Indian journal of veterinary science and animal husbandry - Volume 4,
Year: 1934
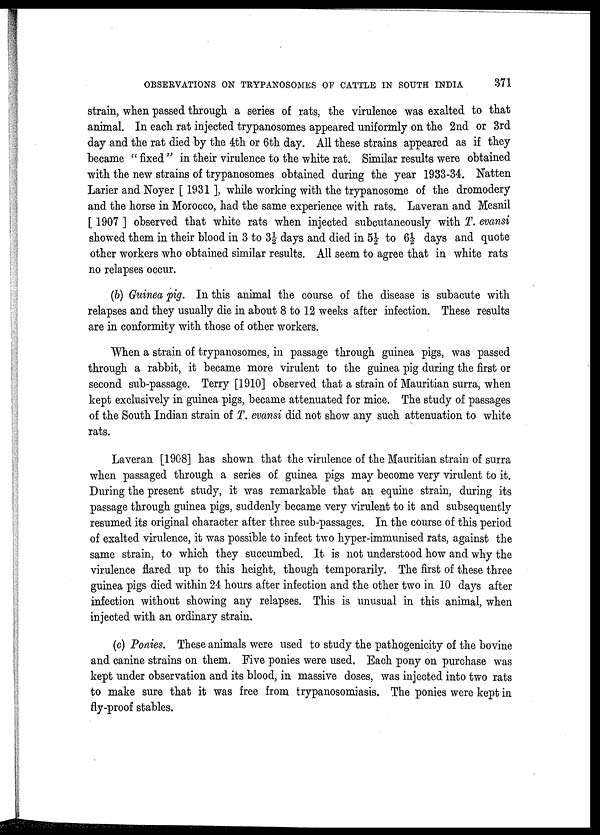
OBSERVATIONS ON TRYPANOSOMES OF CATTLE IN SOUTH INDIA
371
strain, when passed through a series of rats, the virulence was exalted to that
animal. In each rat injected trypanosomes appeared uniformly on the 2nd or 3rd
day and the rat died by the 4th or 6th day. All these strains appeared as if they
became " fixed " in their virulence to the white rat. Similar results were obtained
with the new strains of trypanosomes obtained during the year 1933-34. Natten
Larier and Noyer [ 1931 ], while working with the trypanosome of the dromodery
and the horse in Morocco, had the same experience with rats. Laveran and Mesnil
[ 1907 ] observed that white rats when injected subcutaneously with T. evansi
showed them in their blood in 3 to 3½ days and died in 5½ to 6½ days and quote
other workers who obtained similar results. All seem to agree that in white rats
no relapses occur.
(b) Guinea pig. In this animal the course of the disease is subacute with
relapses and they usually die in about 8 to 12 weeks after infection. These results
are in conformity with those of other workers.
When a strain of trypanosomes, in passage through guinea pigs, was passed
through a rabbit, it became more virulent to the guinea pig during the first or
second sub-passage. Terry [1910] observed that a strain of Mauritian surra, when
kept exclusively in guinea pigs, became attenuated for mice. The study of passages
of the South Indian strain of T. evansi did not show any such attenuation to white
rats.
Laveran [1908] has shown that the virulence of the Mauritian strain of surra
when passaged through a series of guinea pigs may become very virulent to it.
During the present study, it was remarkable that an equine strain, during its
passage through guinea pigs, suddenly became very virulent to it and subsequently
resumed its original character after three sub-passages. In the course of this period
of exalted virulence, it was possible to infect two hyper-immunised rats, against the
same strain, to which they succumbed. It is not understood how and why the
virulence flared up to this height, though temporarily. The first of these three
guinea pigs died within 24 hours after infection and the other two in 10 days after
infection without showing any relapses. This is unusual in this animal, when
injected with an ordinary strain.
(c) Ponies. These animals were used to study the pathogenicity of the bovine
and canine strains on them. Five ponies were used. Each pony on purchase was
kept under observation and its blood, in massive doses, was injected into two rats
to make sure that it was free from trypanosomiasis. The ponies were kept in
fly-proof stables.